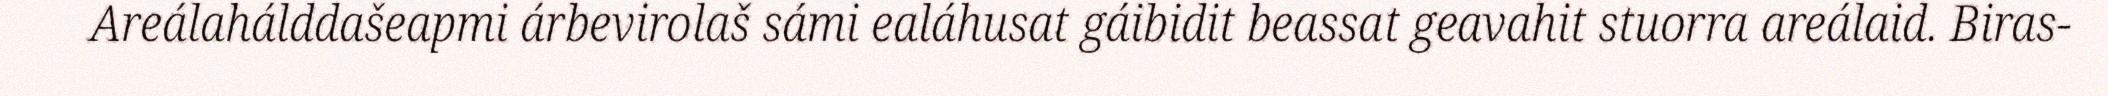
Areálahálddašeapmi árbevirolaš sámi ealáhusat gáibidit beassat geavahit stuorra areálaid. Biras-